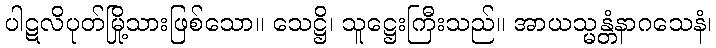
ပါဋလိပုတ်မြို့သားဖြစ်သော။ သေဋ္ဌိ၊ သူဋ္ဌေးကြီးသည်။ အာယသ္မန္တံနာဂသေနံ၊